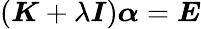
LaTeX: (\boldsymbol{K}+\lambda\boldsymbol{I})\boldsymbol{\alpha}=\boldsymbol{E}